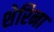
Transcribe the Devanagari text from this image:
शेरिना